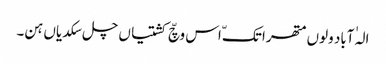
الہٰ آباد ولوں متھرا تکّ اس وچّ کشتیاں چل سکدیاں ہن۔